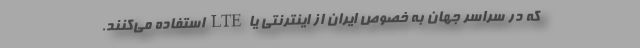
که در سراسر جهان به خصوص ایران از اینترنتی یا LTE استفاده می‌کنند.